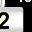
Digit: 2